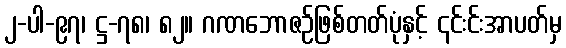
၂-ပါ-၉၇၊ ဋ္ဌ-၇၈၊ ၈၂။ ဂဏဘောဇဉ်ဖြစ်တတ်ပုံနှင့် ၎င်းင်းအာပတ်မှ